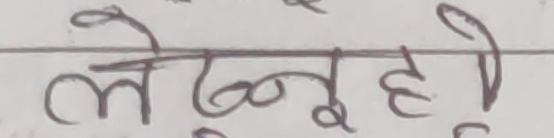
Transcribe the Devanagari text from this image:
लेख्नु हो